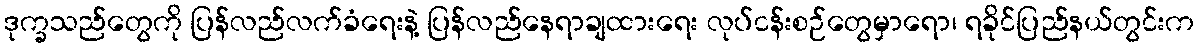
ဒုက္ခသည်တွေကို ပြန်လည်လက်ခံရေးနဲ့ ပြန်လည်နေရာချထားရေး လုပ်ငန်းစဉ်တွေမှာရော၊ ရခိုင်ပြည်နယ်တွင်းက